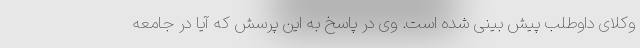
وکلای داوطلب پیش بینی شده است. وی در پاسخ به این پرسش که آیا در جامعه